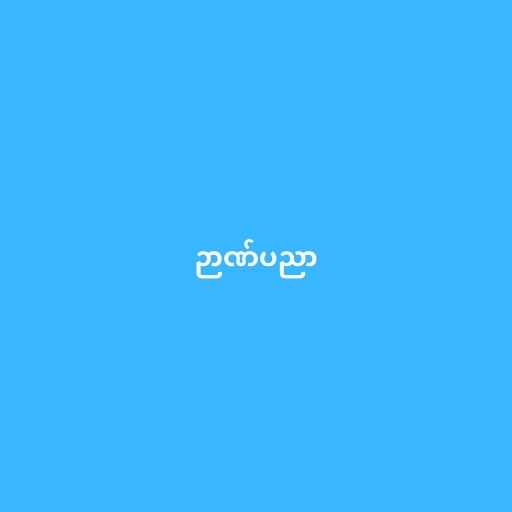
ဉာဏ်ပညာ